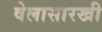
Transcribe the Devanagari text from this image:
वेलासारखी